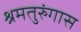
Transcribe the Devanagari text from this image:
श्रमतुरुंगास